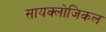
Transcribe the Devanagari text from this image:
सायक्लोजिकल